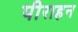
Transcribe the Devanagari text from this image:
पीराहन